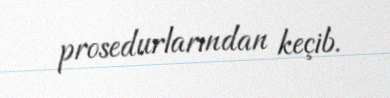
prosedurlarından keçib.